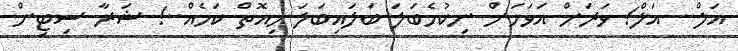
އަލް.. އަލް! ވަރަށް އަވަހަށް ނިކުމެބަލަ ބަލައިބަލަ މިއޮތް ކަމެއް..! ޝަރާ ސިޓިން